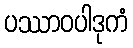
ပဿာဝပါဒုကံ